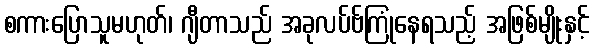
စကားပြောသူမဟုတ်၊ ဂျီတာသည် အခုလပ်ဗ်ကြုံနေရသည့် အဖြစ်မျိုးနှင့်